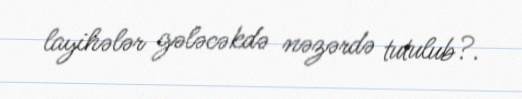
layihələr gələcəkdə nəzərdə tutulub?.